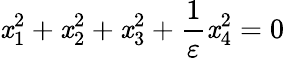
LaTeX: \mathit{x}_{1}^{2}+\mathit{x}_{2}^{2}+\mathit{x}_{3}^{2}+{\frac{{1}}{{\varepsilon}}}\mathit{x}_{4}^{2}=0